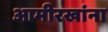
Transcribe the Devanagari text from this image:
आमीरखांना